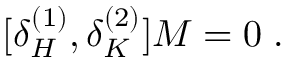
[ \delta _ { H } ^ { ( 1 ) } , \delta _ { K } ^ { ( 2 ) } ] M = 0 \; .